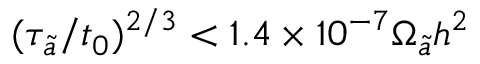
( \tau _ { \tilde { a } } / t _ { 0 } ) ^ { 2 / 3 } < 1 . 4 \times 1 0 ^ { - 7 } \Omega _ { \tilde { a } } h ^ { 2 }